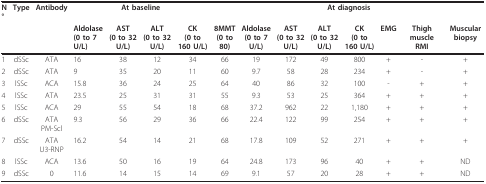
<table><thead><tr><td><b>N°</b></td><td><b>Type</b></td><td><b>Antibody</b></td><td colspan="4"><b>At baseline</b></td><td colspan="8"><b>At diagnosis</b></td></tr><tr><td></td><td></td><td></td><td><b>Aldolase(0 to 7 U/L)</b></td><td><b>AST(0 to 32 U/L)</b></td><td><b>ALT(0 to 32 U/L)</b></td><td><b>CK(0 to 160 U/L)</b></td><td><b>8MMT(0 to 80)</b></td><td><b>Aldolase(0 to 7 U/L)</b></td><td><b>AST(0 to 32 U/L)</b></td><td><b>ALT(0 to 32 U/L)</b></td><td><b>CK(0 to 160 U/L)</b></td><td><b>EMG</b></td><td><b>Thigh muscle RMI</b></td><td><b>Muscular biopsy</b></td></tr></thead><tbody><tr><td>1</td><td>dSSc</td><td>ATA</td><td>16</td><td>38</td><td>12</td><td>34</td><td>66</td><td>19</td><td>172</td><td>49</td><td>800</td><td>+</td><td>-</td><td>+</td></tr><tr><td>2</td><td>dSSc</td><td>ATA</td><td>9</td><td>35</td><td>20</td><td>11</td><td>60</td><td>9.7</td><td>58</td><td>28</td><td>234</td><td>+</td><td>-</td><td>+</td></tr><tr><td>3</td><td>lSSc</td><td>ACA</td><td>15.8</td><td>36</td><td>24</td><td>25</td><td>64</td><td>40</td><td>86</td><td>32</td><td>100</td><td>-</td><td>+</td><td>+</td></tr><tr><td>4</td><td>lSSc</td><td>ATA</td><td>23.5</td><td>25</td><td>31</td><td>31</td><td>55</td><td>9.3</td><td>53</td><td>25</td><td>364</td><td>+</td><td>+</td><td>+</td></tr><tr><td>5</td><td>lSSc</td><td>ACA</td><td>29</td><td>55</td><td>54</td><td>18</td><td>68</td><td>37.2</td><td>962</td><td>22</td><td>1,180</td><td>+</td><td>+</td><td>+</td></tr><tr><td>6</td><td>dSSc</td><td>ATAPM-Scl</td><td>9.3</td><td>56</td><td>29</td><td>36</td><td>66</td><td>22.4</td><td>122</td><td>99</td><td>254</td><td>+</td><td>+</td><td>+</td></tr><tr><td>7</td><td>dSSc</td><td>ATAU3-RNP</td><td>16.2</td><td>54</td><td>14</td><td>21</td><td>68</td><td>17.8</td><td>109</td><td>52</td><td>271</td><td>+</td><td>+</td><td>+</td></tr><tr><td>8</td><td>lSSc</td><td>ACA</td><td>13.6</td><td>50</td><td>16</td><td>19</td><td>64</td><td>24.8</td><td>173</td><td>96</td><td>40</td><td>+</td><td>+</td><td>ND</td></tr><tr><td>9</td><td>dSSc</td><td>0</td><td>11.6</td><td>14</td><td>15</td><td>14</td><td>69</td><td>9.1</td><td>57</td><td>20</td><td>28</td><td>+</td><td>+</td><td>ND</td></tr></tbody></table>